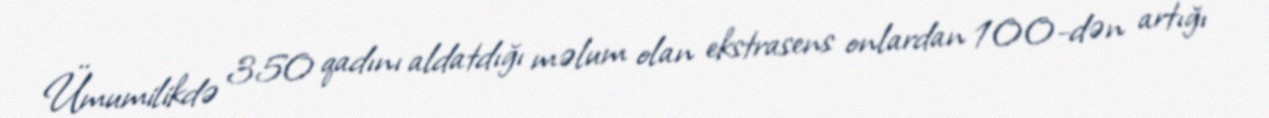
Ümumilikdə 350 qadını aldatdığı məlum olan ekstrasens onlardan 100-dən artığı